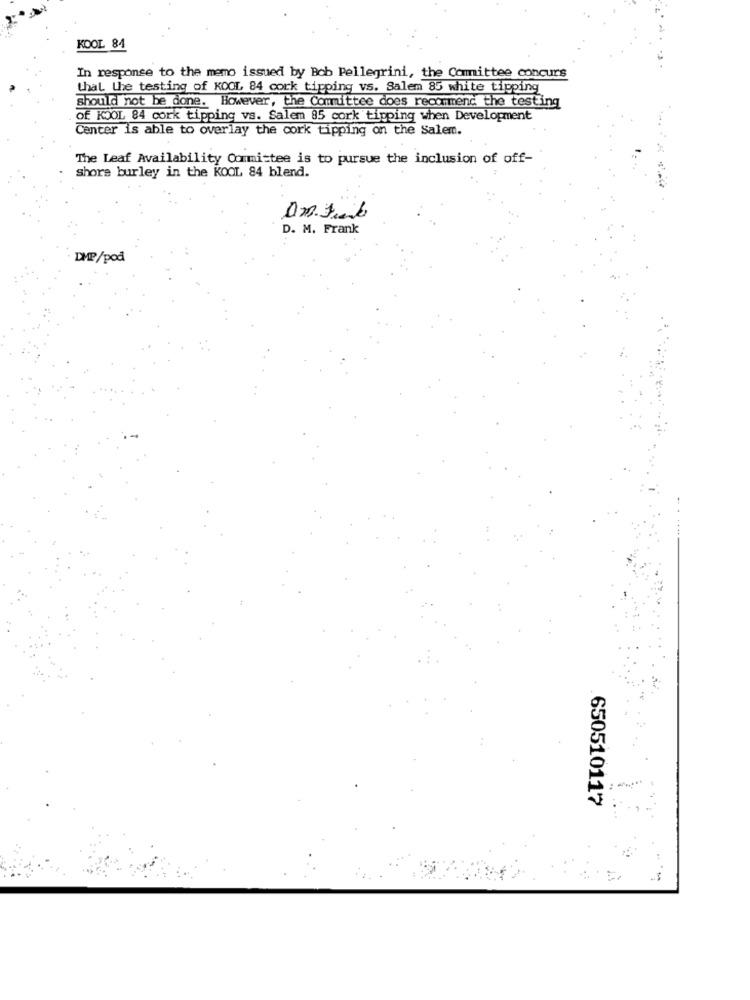
KOOL 84
In response to the memo issued by Bob Pellegrini, the Committee concurs
that the testing of KOOL 84 cork tipping vs. Salem 85 white tipping
should not be done. However, the Committee does recommend the testing
of KOOL 84 cork tipping vs. Salem 85 cork tipping when Development
Center is able to overlay the cork tipping on the Salem.
The Leaf Availability Committee is to pursue the inclusion of off-
shore burley in the KOOL 84 blend.
D. M. Frank
DMP/pod
650510117